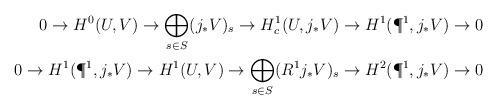
LaTeX: \begin{align*} 0\to H^0(U,V)\to \bigoplus_{s\in S}(j_*V)_s\to H^1_c(U,j_*V)\to H^1(\P^1,j_*V)\to 0\\ 0\to H^1(\P^1,j_*V)\to H^1(U,V)\to \bigoplus_{s\in S}(R^1j_*V)_s\to H^2(\P^1,j_*V)\to 0 \end{align*}